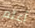
أعلم